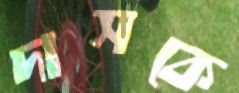
দাসকে